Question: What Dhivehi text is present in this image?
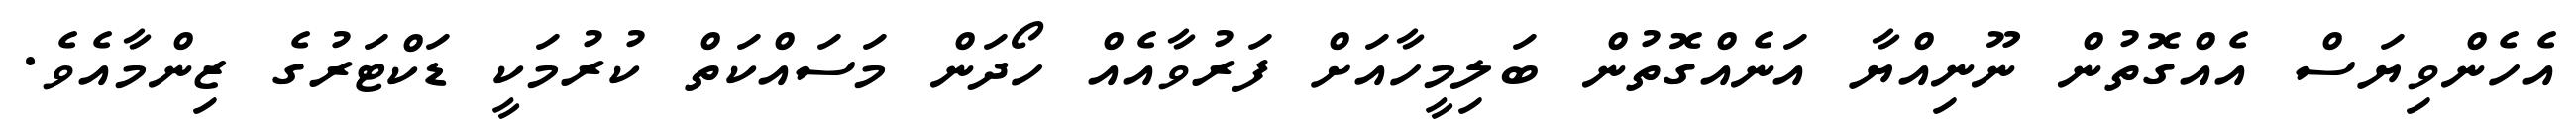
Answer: އެހެންވިޔަސް އެއްގޮތުން ނޫނިއްޔާ އަނެއްގޮތުން ބަލިމީހާއަށް ފަރުވާއެއް ހޯދަން މަސައްކަތް ކުރުމަކީ ޑަކްޓަރުގެ ޒިންމާއެވެ.